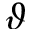
\vartheta